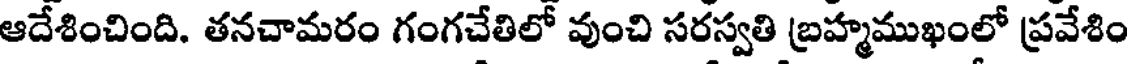
ఆదేశించింది. తనచామరం గంగచేతిలో వుంచి సరస్వతి బ్రహ్మముఖంలో ప్రవేశిం